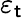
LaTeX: \varepsilon_{\mathsf{t}}